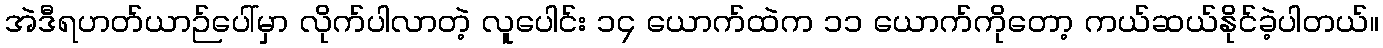
အဲဒီရဟတ်ယာဉ်ပေါ်မှာ လိုက်ပါလာတဲ့ လူပေါင်း ၁၄ ယောက်ထဲက ၁၁ ယောက်ကိုတော့ ကယ်ဆယ်နိုင်ခဲ့ပါတယ်။